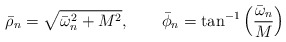
\begin{align*}\bar{\rho}_{n} = \sqrt{\bar{\omega}_{n}^{2}+M^{2}},\qquad\bar{\phi}_{n} = \tan^{-1}\left({\bar{\omega}_{n}\over M}\right)\end{align*}